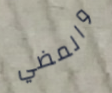
والمضي